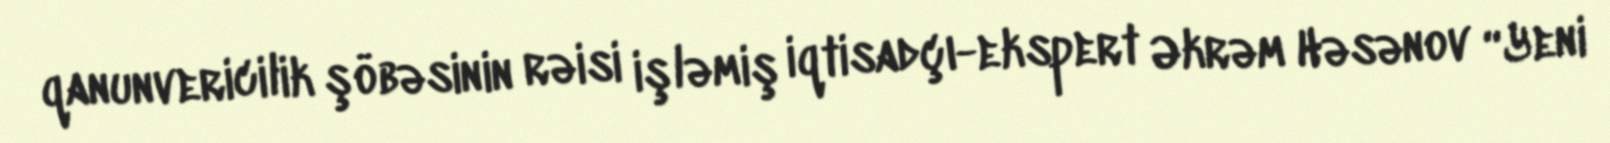
qanunvericilik şöbəsinin rəisi işləmiş iqtisadçı-ekspert Əkrəm Həsənov “Yeni